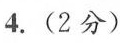
4.(2分)